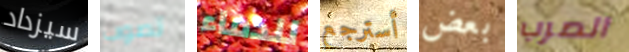
سيزداد تصوب للدماء أسترجع بعض الصرب